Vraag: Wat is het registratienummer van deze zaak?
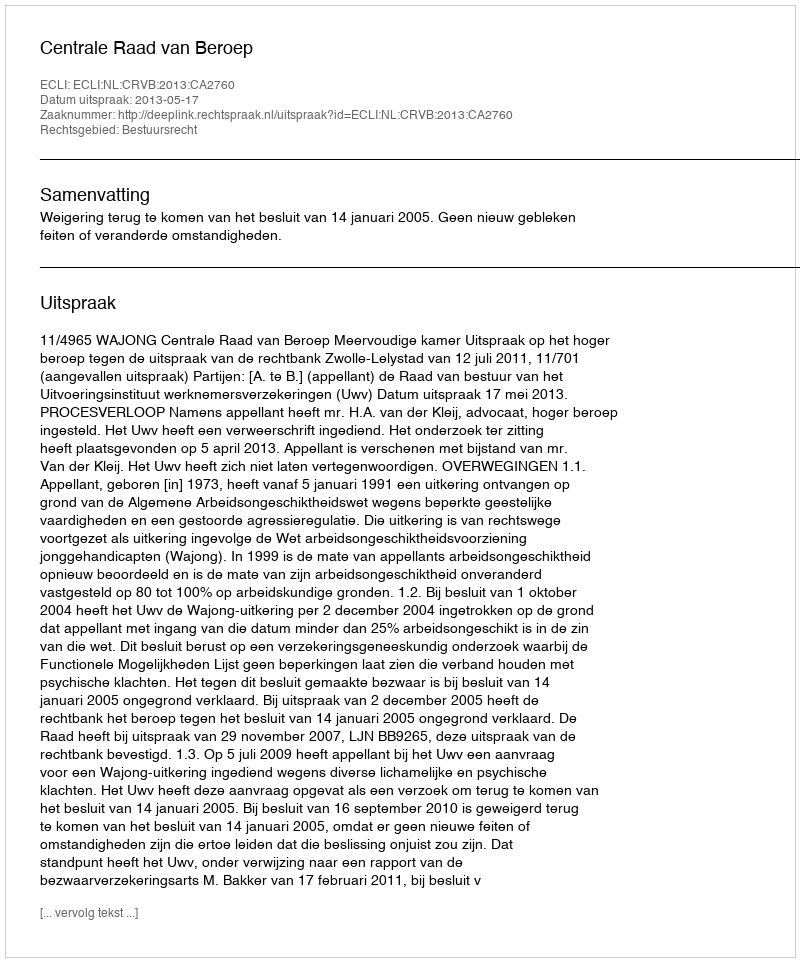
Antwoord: http://deeplink.rechtspraak.nl/uitspraak?id=ECLI:NL:CRVB:2013:CA2760